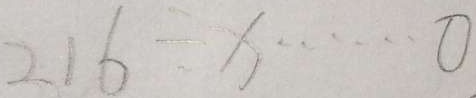
2 1 6 \div x \cdots 0